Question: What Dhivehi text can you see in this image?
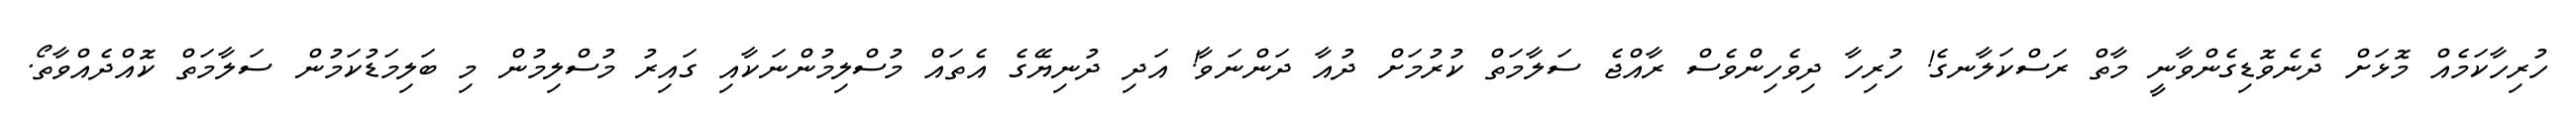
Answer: ހުރިހާކަމެއް މޮޅަށް ދެނެވޮޑިގެންވާނީ މާތް ރަސްކަލާނގެ! ހުރިހާ ދިވެހިންވެސް ރާއްޖެ ސަލާމަތް ކުރުމަށް ދުއާ ދަންނަވާ! އަދި ދުނިޔޭގެ އެތައް މުސްލިމުންނަކާއި ގައިރު މުސްލިމުން މި ބަލިމަޑުކަމުން ސަލާމަތް ކޮއްދެއްވާތޯ.